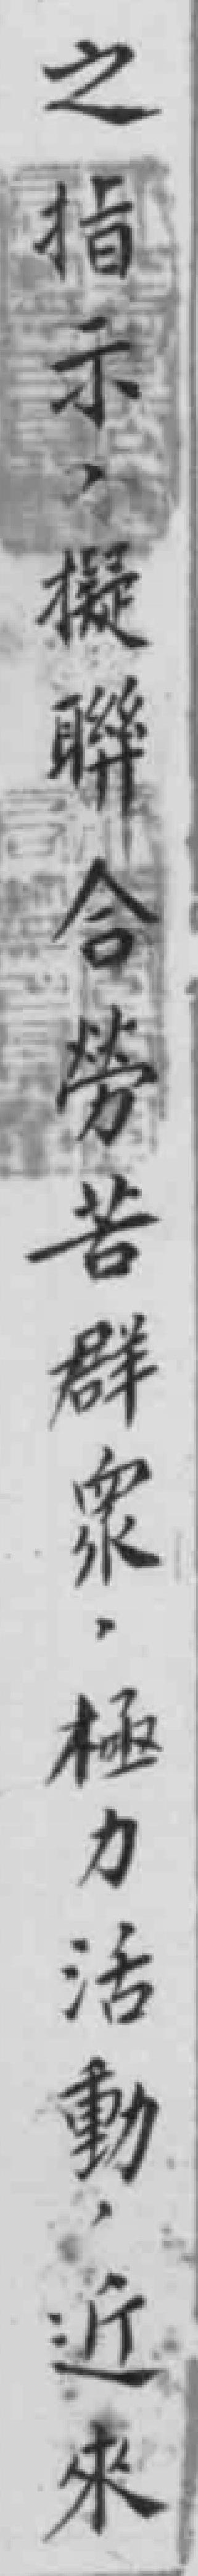
之指示，擬聯合勞苦群衆，極力活動，近來